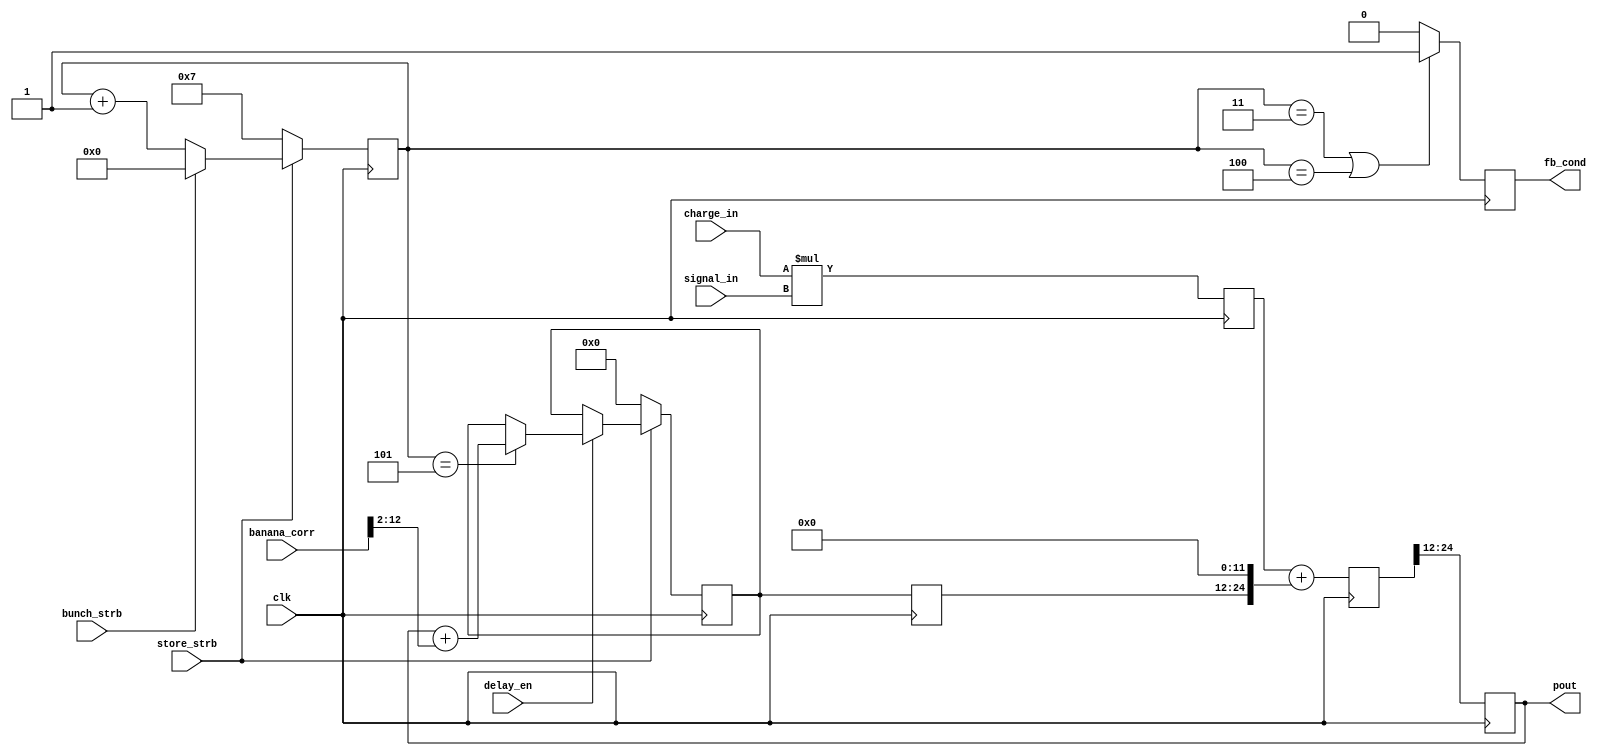
module DSPCalcModule_1(
			input signed [20:0] charge_in,
			input signed [14:0] signal_in,
			input delay_en,
			input clk,
			input store_strb,
			output reg signed [12:0] pout,
			input bunch_strb,
			input signed [12:0] banana_corr,
			output reg fb_cond
    );
(* equivalent_register_removal = "no"*) reg [7:0] j;
reg signed [36:0]  DSPtemp;
reg signed [12:0] DSPtemp2;
reg signed [12:0] delayed =0; 
reg signed [36:0] DSPout;
always @ (posedge clk) begin
DSPtemp <= charge_in*signal_in;
DSPout <= DSPtemp+{delayed, 12'b0}; 
pout<=DSPout[24:12];
end
always @ (posedge clk) begin
if (~store_strb) begin
j<=7;       
 end
else if (bunch_strb) begin j<=0;
end
else if (~bunch_strb) begin
j<=j+1;
end
end
reg [12:0] delayed_a;
always @ (posedge clk) begin
delayed<=delayed_a;
if (~store_strb) begin
delayed_a<=0;
end
else if (delay_en==1) begin
if (j==5) delayed_a<=pout+banana_corr[12:2];
end
end
always @ (posedge clk) begin
if (j==3||j==4) fb_cond<=1;
else fb_cond<=0;
end
endmodule